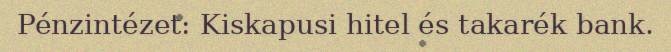
Pénzintézet: Kiskapusi hitel és takarék bank.